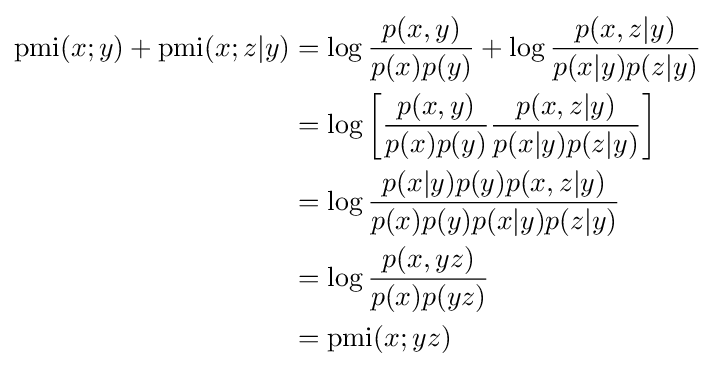
{\begin{aligned}\operatorname {pmi} (x;y)+\operatorname {pmi} (x;z|y)&{}=\log {\frac {p(x,y)}{p(x)p(y)}}+\log {\frac {p(x,z|y)}{p(x|y)p(z|y)}}\\&{}=\log \left[{\frac {p(x,y)}{p(x)p(y)}}{\frac {p(x,z|y)}{p(x|y)p(z|y)}}\right]\\&{}=\log {\frac {p(x|y)p(y)p(x,z|y)}{p(x)p(y)p(x|y)p(z|y)}}\\&{}=\log {\frac {p(x,yz)}{p(x)p(yz)}}\\&{}=\operatorname {pmi} (x;yz)\end{aligned}}